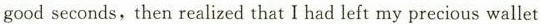
good seconds,then realized that I had left my precious wallet